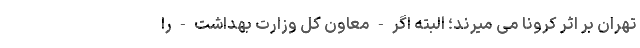
تهران بر اثر کرونا می میرند؛ البته اگر - معاون کل وزارت بهداشت - را